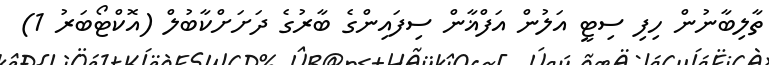
ތާލިބާނުން ހިފި ސިޓީ އަލުން އަފްޣާން ސިފައިންގެ ބާރުގެ ދަށަށްކާބުލް (އޮކްޓޯބަރު 1)